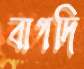
বাগদি